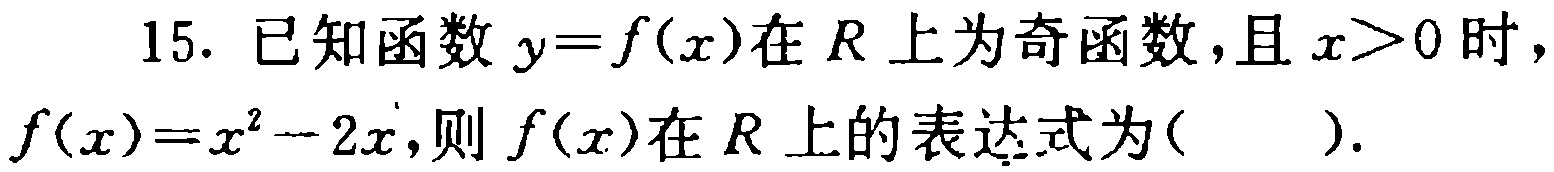
15. 已知函数$y = f(x)$在$R$上为奇函数，且$x>0$时，$f(x)=x^{2}-2x$，则$f(x)$在$R$上的表达式为( ).